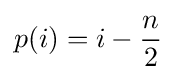
p(i)=i-{\frac {n}{2}}